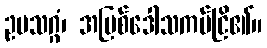
ဥပသဂ္ဂံ၊ အပြစ်ဒေါသကပ်ငြိ၏။